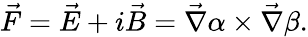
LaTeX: \vec{F}=\vec{E}+i\vec{B}=\vec{\nabla}\alpha\times\vec{\nabla}\beta.